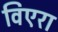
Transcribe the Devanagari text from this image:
विएरा